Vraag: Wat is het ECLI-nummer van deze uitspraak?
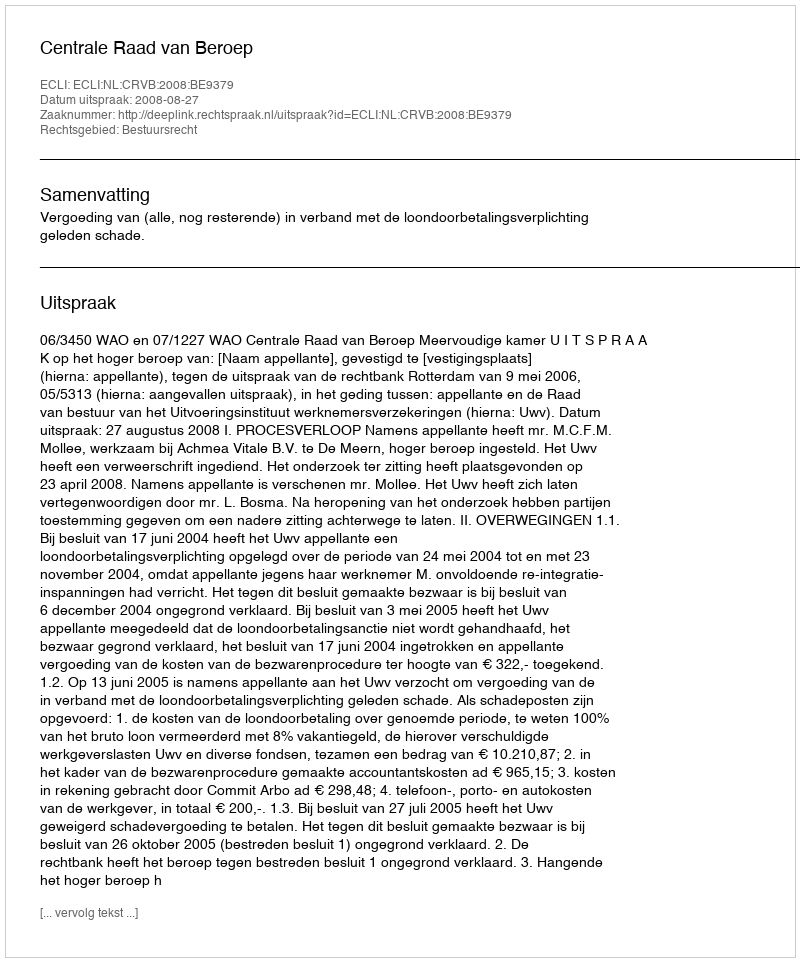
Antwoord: ECLI:NL:CRVB:2008:BE9379